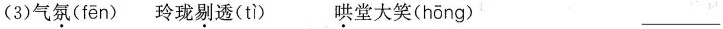
(3)气氛( fēn )玲珑剔透( tì ) 哄堂大笑( hōng )___